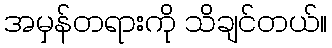
အမှန်တရားကို သိချင်တယ်။